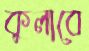
কুলাবে